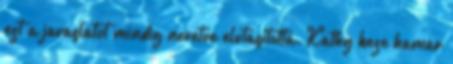
ezt a javaslatot mindig nevetve elutasította. Kathy keze hamar